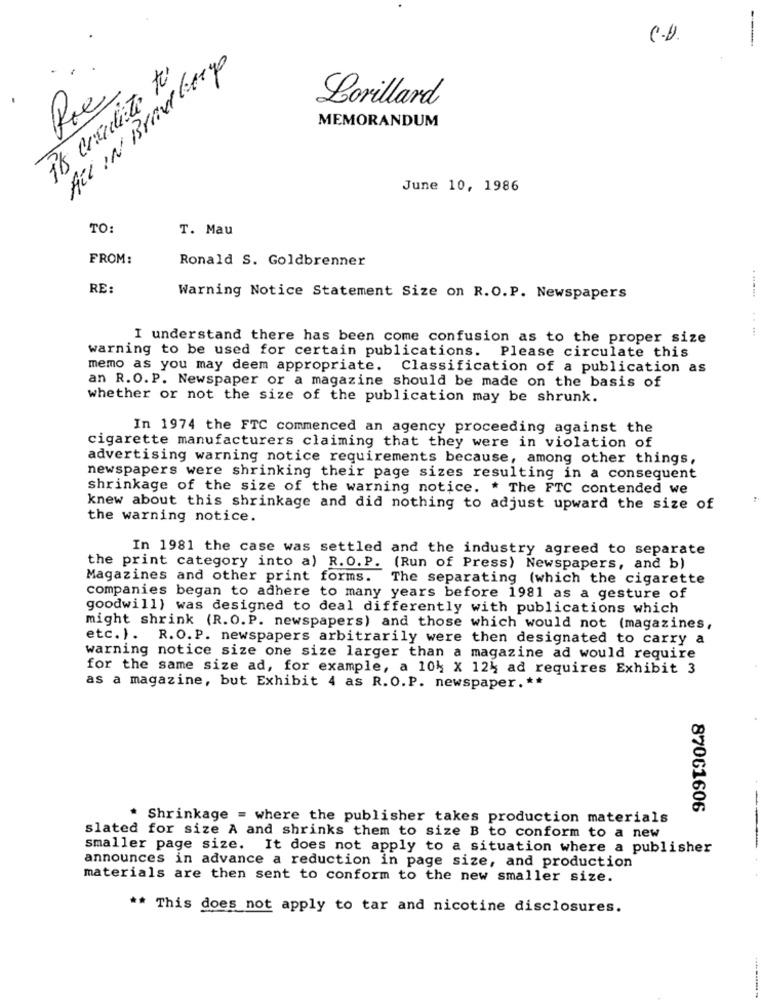
C.U.
ALL IN Brad largo
it's ceculite to
Lorillard
MEMORANDUM
June 10, 1986
TO:
T. Mau
FROM:
Ronald S. Goldbrenner
RE:
Warning Notice Statement Size on R.O.P. Newspapers
....... ... ...
I understand there has been come confusion as to the proper size
warning to be used for certain publications. Please circulate this
memo as you may deem appropriate.
Classification of a publication as
an R.O. P. Newspaper or a magazine should be made on the basis of
whether or not the size of the publication may be shrunk.
In 1974 the FTC commenced an agency proceeding against the
cigarette manufacturers claiming that they were in violation of
advertising warning notice requirements because, among other things,
newspapers were shrinking their page sizes resulting in a consequent
shrinkage of the size of the warning notice. * The FTC contended we
knew about this shrinkage and did nothing to adjust upward the size of
the warning notice.
In 1981 the case was settled and the industry agreed to separate
the print category into a) R.O. P. (Run of Press) Newspapers, and b)
Magazines and other print forms. The separating (which the cigarette
companies began to adhere to many years before 1981 as a gesture of
goodwill) was designed to deal differently with publications which
might shrink (R.O. P. newspapers) and those which would not (magazines,
etc. ). R.O. P. newspapers arbitrarily were then designated to carry a
warning notice size one size larger than a magazine ad would require
for the same size ad, for example, a 104 x 124 ad requires Exhibit 3
as a magazine, but Exhibit 4 as R.O.P. newspaper. **
87061606
* Shrinkage = where the publisher takes production materials
slated for size A and shrinks them to size B to conform to a new
smaller page size. It does not apply to a situation where a publisher
announces in advance a reduction in page size, and production
materials are then sent to conform to the new smaller size.
** This does not apply to tar and nicotine disclosures.